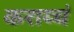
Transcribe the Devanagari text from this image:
कराय्चं